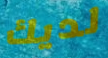
لديك